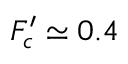
F _ { c } ^ { \prime } \simeq 0 . 4